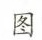
图